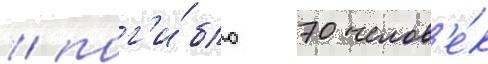
/ пог'и́бло 70 челов'е́к